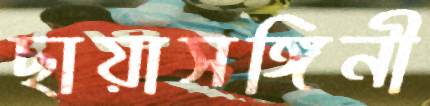
ছায়াসঙ্গিনী